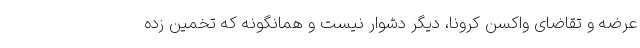
عرضه و تقاضای واکسن کرونا، دیگر دشوار نیست و همانگونه که تخمین زده